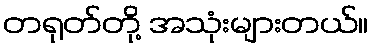
တရုတ်တို့ အသုံးများတယ်။